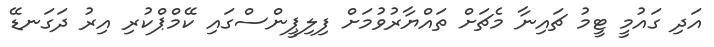
އަދި ގައުމީ ޓީމު ޗައިނާ މެޗަށް ތައްޔާރުވުމަށް ފިލިޕީންސްގައި ކޭމްޕްކުރި އިރު ދަގަނޑޭ